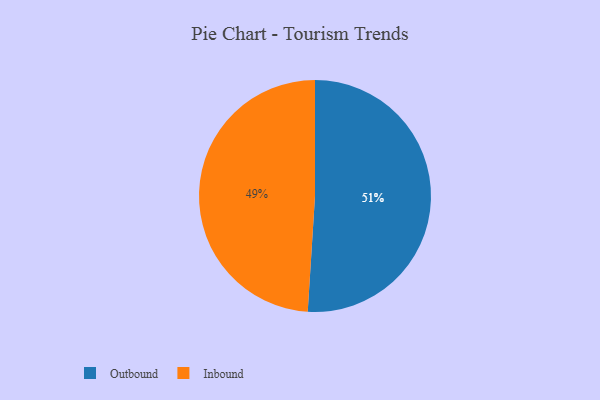
{"axis": {"x": "Category", "y": "Percentage"}, "legend": ["Inbound", "Outbound"], "data": [{"x": "Outbound", "y": 51, "type": "Outbound"}, {"x": "Inbound", "y": 49, "type": "Inbound"}]}